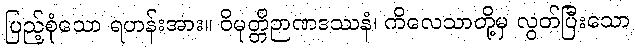
ပြည့်စုံသော ရဟန်းအား။ ဝိမုတ္တိဉာဏဒဿနံ၊ ကိလေသာတို့မှ လွတ်ပြီးသော